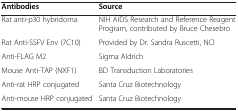
| Antibodies | Source |
 | --- | --- |
 | Rat anti-p30 hybridoma | NIH AIDS Research and Reference Reagent Program, contributed by Bruce Chesebro |
 | Rat Anti-SSFV Env (7C10) | Provided by Dr. Sandra Ruscetti, NCI |
 | Anti-FLAG M2 | Sigma Aldrich |
 | Mouse Anti-TAP (NXF1) | BD Transduction Laboratories |
 | Anti-rat HRP conjugated | Santa Cruz Biotechnology |
 | Anti-mouse HRP conjugated | Santa Cruz Biotechnology |